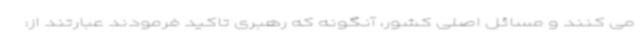
می کنند و مسائل اصلی کشور، آنگونه که رهبری تاکید فرمودند عبارتند از: